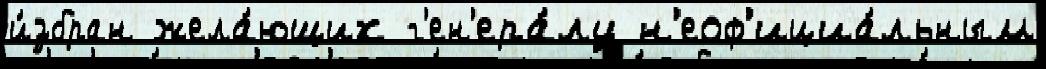
и́збран жела́ющих г'ен'ера́лу н'еоф'ициа́льным